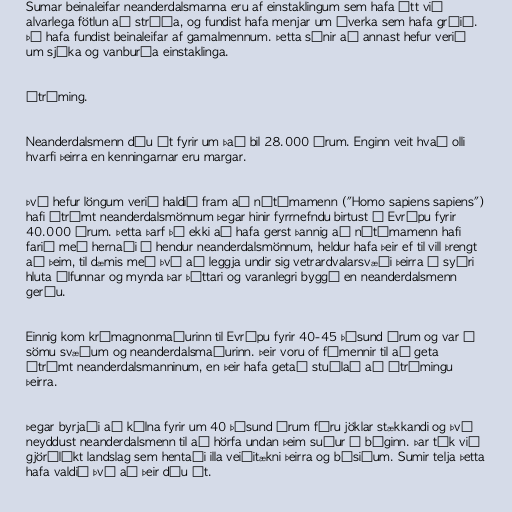
Sumar beinaleifar neanderdalsmanna eru af einstaklingum sem hafa átt við
alvarlega fötlun að stríða, og fundist hafa menjar um áverka sem hafa gróið.
Þá hafa fundist beinaleifar af gamalmennum. Þetta sýnir að annast hefur verið
um sjúka og vanburða einstaklinga.

Útrýming.

Neanderdalsmenn dóu út fyrir um það bil 28.000 árum. Enginn veit hvað olli
hvarfi þeirra en kenningarnar eru margar.

Því hefur löngum verið haldið fram að nútímamenn ("Homo sapiens sapiens")
hafi útrýmt neanderdalsmönnum þegar hinir fyrrnefndu birtust í Evrópu fyrir
40.000 árum. Þetta þarf þó ekki að hafa gerst þannig að nútímamenn hafi
farið með hernaði á hendur neanderdalsmönnum, heldur hafa þeir ef til vill þrengt
að þeim, til dæmis með því að leggja undir sig vetrardvalarsvæði þeirra í syðri
hluta álfunnar og mynda þar þéttari og varanlegri byggð en neanderdalsmenn
gerðu.

Einnig kom krómagnonmaðurinn til Evrópu fyrir 40-45 þúsund árum og var á
sömu svæðum og neanderdalsmaðurinn. Þeir voru of fámennir til að geta
útrýmt neanderdalsmanninum, en þeir hafa getað stuðlað að útrýmingu
þeirra.

Þegar byrjaði að kólna fyrir um 40 þúsund árum fóru jöklar stækkandi og því
neyddust neanderdalsmenn til að hörfa undan þeim suður á bóginn. Þar tók við
gjörólíkt landslag sem hentaði illa veiðitækni þeirra og búsiðum. Sumir telja þetta
hafa valdið því að þeir dóu út.